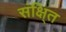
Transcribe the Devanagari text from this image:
संक्षि्त